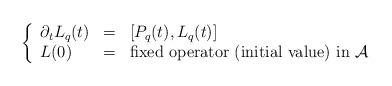
LaTeX: \begin{align*}\left\{ \begin{array}{lll} \partial_t L_q(t) & = & \left[ P_q(t), L_q(t) \right] \\ L(0) & = & \hbox{fixed operator (initial value) in } \mathcal{A} \end{array} \right.\end{align*}